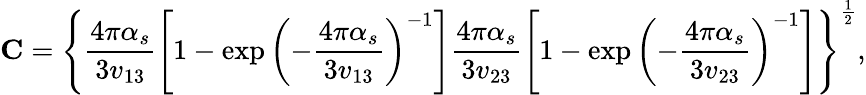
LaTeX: {\mathbf C}=\left\{ \frac{4\pi\alpha_{s}}{3v_{13}}\left[1-\exp\left(-\frac{4\pi\alpha_{s}}{3v_{13}}\right)^{-1}\right]\frac{4\pi\alpha_{s}}{3v_{23}}\left[1-\exp\left(-\frac{4\pi\alpha_{s}}{3v_{23}}\right)^{-1}\right]\right\} ^{\frac{1}{2}},